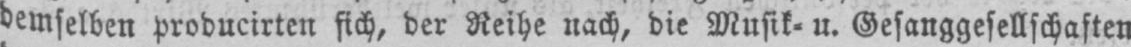
demselben producirten sich, der Reihe nach, die Musik⸗ u. Gesanggesellschaften